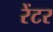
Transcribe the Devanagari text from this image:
रेंटर